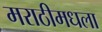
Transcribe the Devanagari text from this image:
मराठीमधला